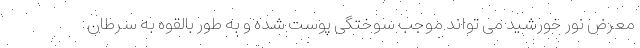
معرض نور خورشید می تواند موجب سوختگی پوست شده و به طور بالقوه به سرطان